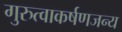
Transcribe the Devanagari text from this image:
गुरुत्वाकर्षणजन्य